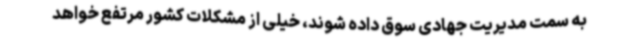
به سمت مدیریت جهادی سوق داده شوند، خیلی از مشکلات کشور مرتفع خواهد